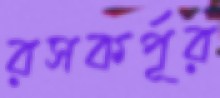
রসকর্পূর